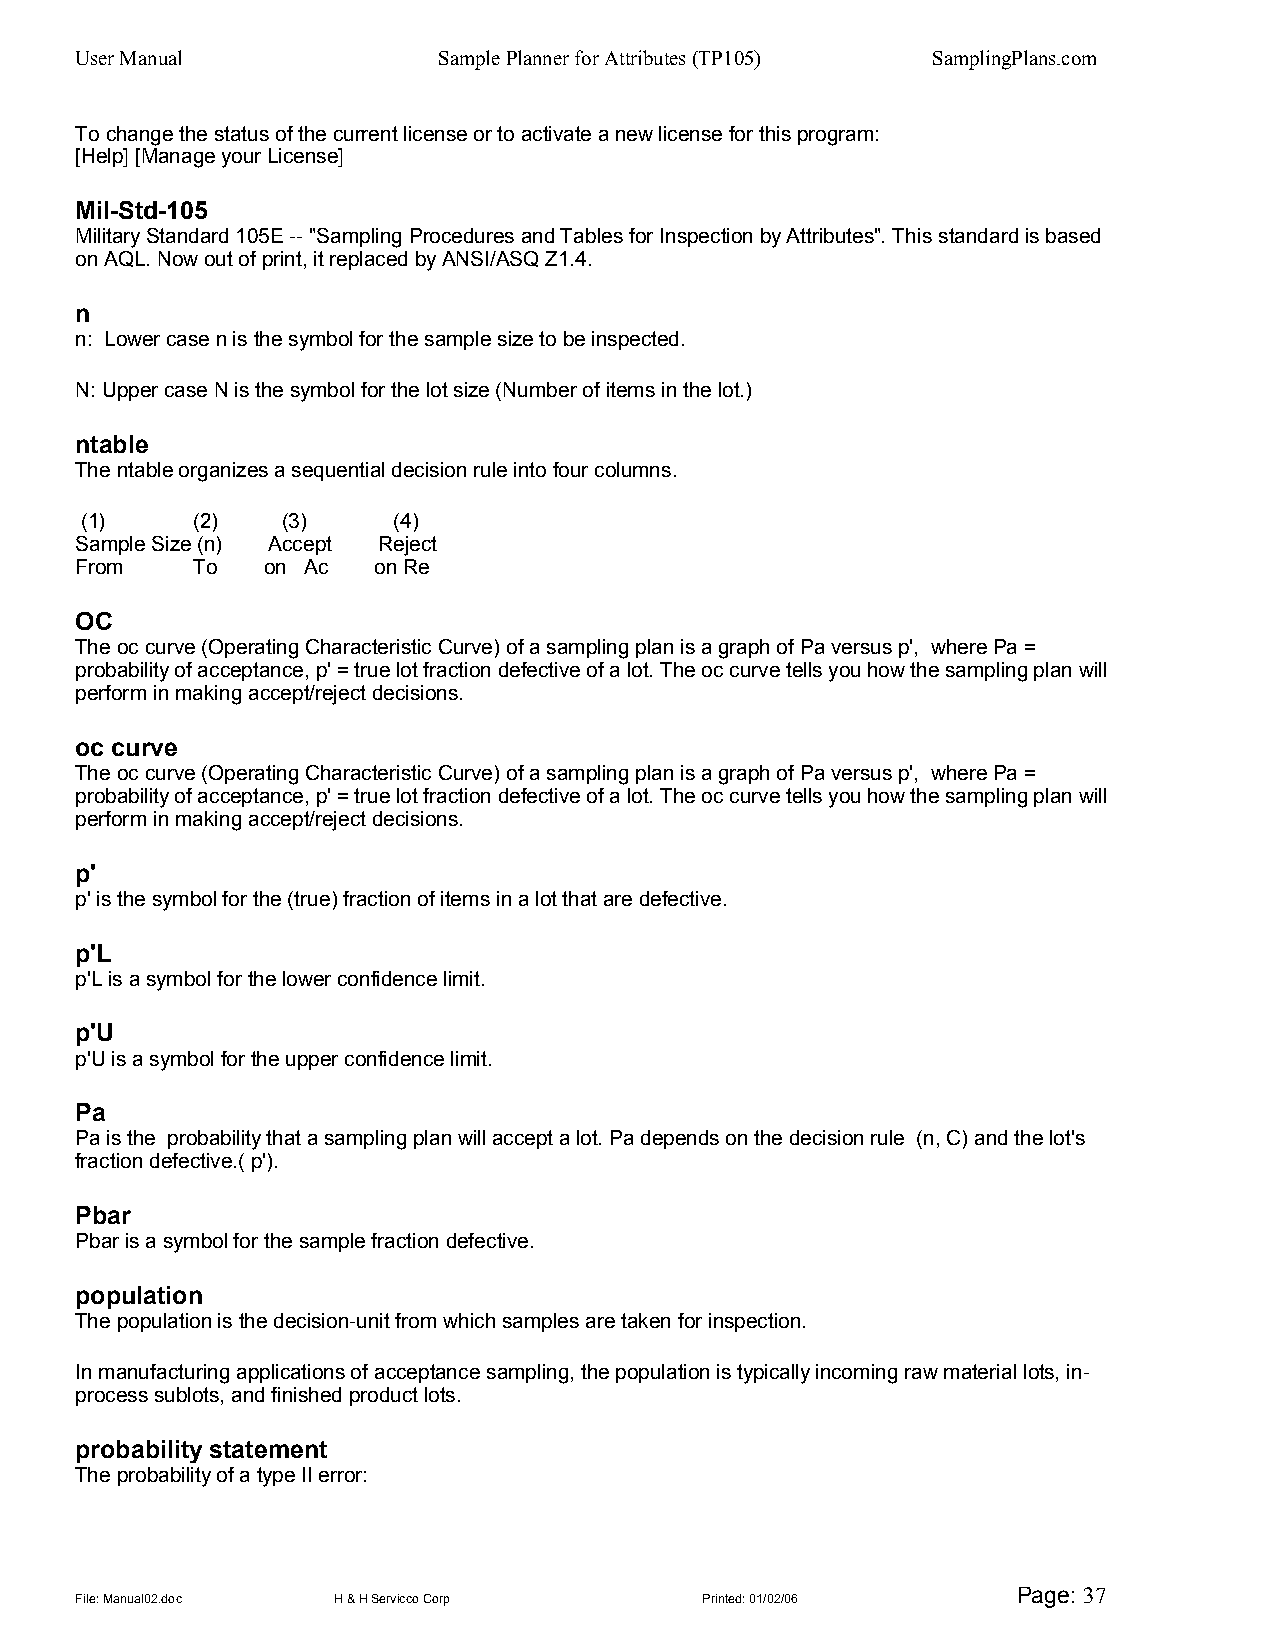
User Manual             Sample Planner for Attributes (TP105) SamplingPlans.com
 To change the status of the current license or to activate a new license for this program:
 [Help] [Manage your License]
 Mil-Std-105
 Military Standard 105E -- "Sampling Procedures and Tables for Inspection by Attributes". This standard is based
 on AQL. Now out of print, it replaced by ANSI/ASQ Z1.4.
 n
 n: Lower case n is the symbol for the sample size to be inspected.
 N: Upper case N is the symbol for the lot size (Number of items in the lot.)
 ntable
 The ntable organizes a sequential decision rule into four columns.
 (1)     (2)   (3)    (4)
 Sample Size (n) Accept Reject
 From    To  on Ac   on Re
 OC
 The oc curve (Operating Characteristic Curve) of a sampling plan is a graph of Pa versus p', where Pa =
 probability of acceptance, p' = true lot fraction defective of a lot. The oc curve tells you how the sampling plan will
 perform in making accept/reject decisions.
 oc curve
 The oc curve (Operating Characteristic Curve) of a sampling plan is a graph of Pa versus p', where Pa =
 probability of acceptance, p' = true lot fraction defective of a lot. The oc curve tells you how the sampling plan will
 perform in making accept/reject decisions.
 p'
 p' is the symbol for the (true) fraction of items in a lot that are defective.
 p'L
 p'L is a symbol for the lower confidence limit.
 p'U
 p'U is a symbol for the upper confidence limit.
 Pa
 Pa is the probability that a sampling plan will accept a lot. Pa depends on the decision rule (n, C) and the lot's
 fraction defective.( p').
 Pbar
 Pbar is a symbol for the sample fraction defective.
 population
 The population is the decision-unit from which samples are taken for inspection.
 In manufacturing applications of acceptance sampling, the population is typically incoming raw material lots, in-
 process sublots, and finished product lots.
 probability statement
 The probability of a type II error:
 Page: 37
 File: Manual02.doc H & H Servicco Corp   Printed: 01/02/06